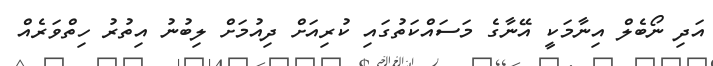
އަދި ނޯބެލް އިނާމަކީ އޭނާގެ މަސައްކަތުގައި ކުރިއަށް ދިއުމަށް ލިބުނު އިތުރު ހިތްވަރެއް